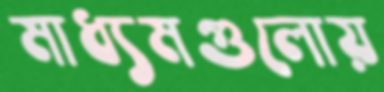
মাধ্যমগুলোয়